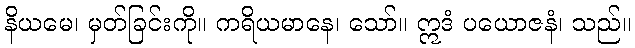
နိယမေ၊ မှတ်ခြင်းကို။ ကရိယမာနေ၊ သော်။ ဣဒံ ပယောဇနံ၊ သည်။